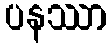
ပနဿာ